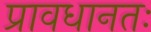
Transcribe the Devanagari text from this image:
प्रावधानतः